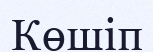
Көшіп